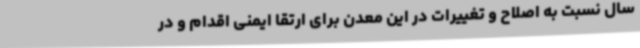
سال نسبت به اصلاح و تغییرات در این معدن برای ارتقا ایمنی اقدام و در